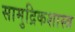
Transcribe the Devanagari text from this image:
सामुद्रिकशास्त्र